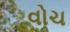
વોચ